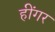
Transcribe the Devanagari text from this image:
हींगर